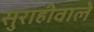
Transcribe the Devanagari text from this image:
सुराहीवाले